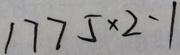
1 7 7 5 \times 2 - 1